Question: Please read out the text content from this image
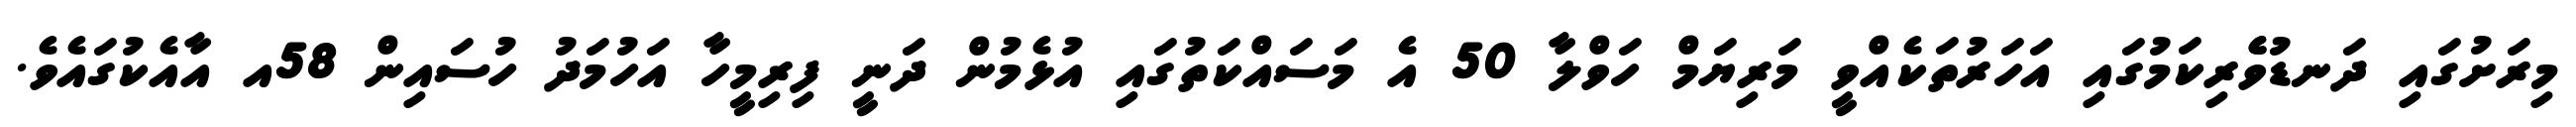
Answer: މިރަށުގައި ދަނޑުވެެރިކަމުގައި އަހަރުތަކެއްވީ މަރިޔަމް ހަވްލާ 50 އެ މަސައްކަތުގައި އުޅެމުން ދަނީ ފިރިމީހާ އަހުމަދު ހުސައިން 58އ އާއެކުގައެވެ.